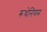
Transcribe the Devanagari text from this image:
रूथेनियम